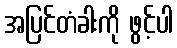
အပြင်တံခါးကို ဖွင့်ပါ